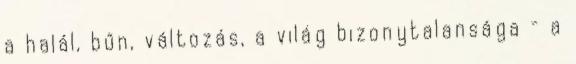
a halál, bűn, változás, a világ bizonytalansága – a